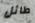
طائل